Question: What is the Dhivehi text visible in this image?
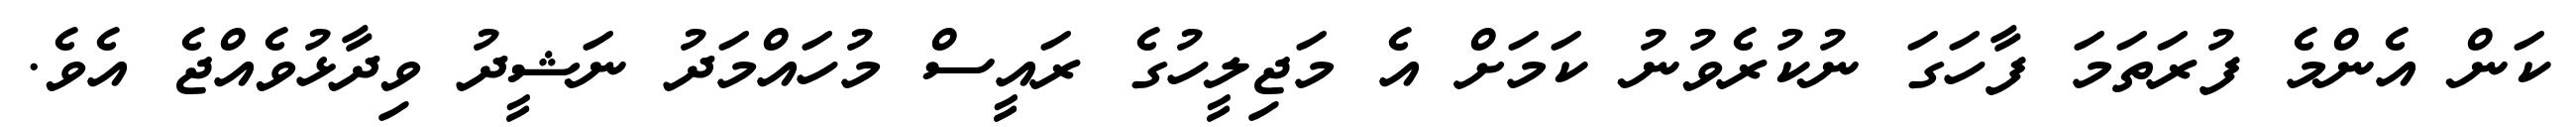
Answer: ކަން އެންމެ ފުރަތަމަ ފާހަގަ ނުކުރެވުނު ކަމަށް އެ މަޖިލީހުގެ ރައީސް މުހައްމަދު ނަޝީދު ވިދާޅުވެއްޖެ އެވެ.